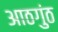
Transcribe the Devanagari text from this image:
आठगुंठ